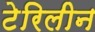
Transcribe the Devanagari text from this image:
टेरिलीन